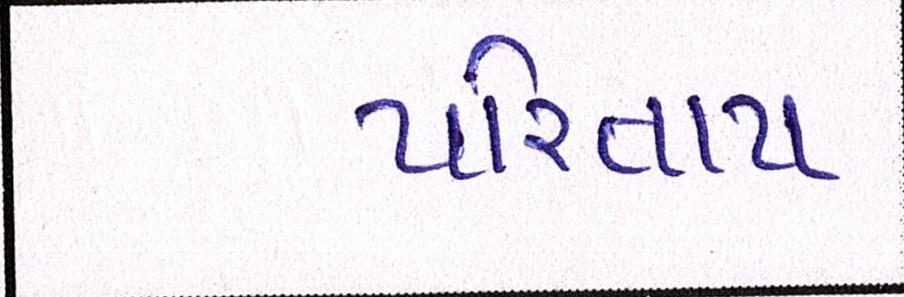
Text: પરિતાપ